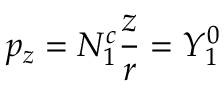
p _ { z } = N _ { 1 } ^ { c } { \frac { z } { r } } = Y _ { 1 } ^ { 0 }